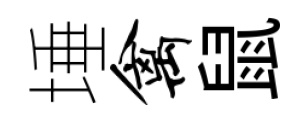
埵禽鼠